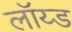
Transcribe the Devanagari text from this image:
लॉय्ड